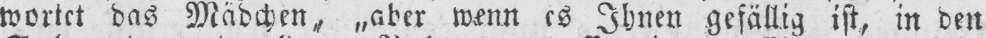
wortet das Mädchen, „aber wenn es Ihnen gefällig ist, in den